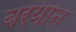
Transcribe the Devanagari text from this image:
बरयान